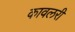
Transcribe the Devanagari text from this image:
कावलरी